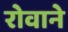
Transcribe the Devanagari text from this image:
रोवाने